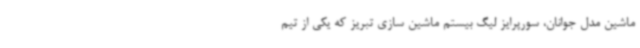
ماشین مدل جوانان، سورپرایز لیگ بیستم ماشین سازی تبریز که یکی از تیم